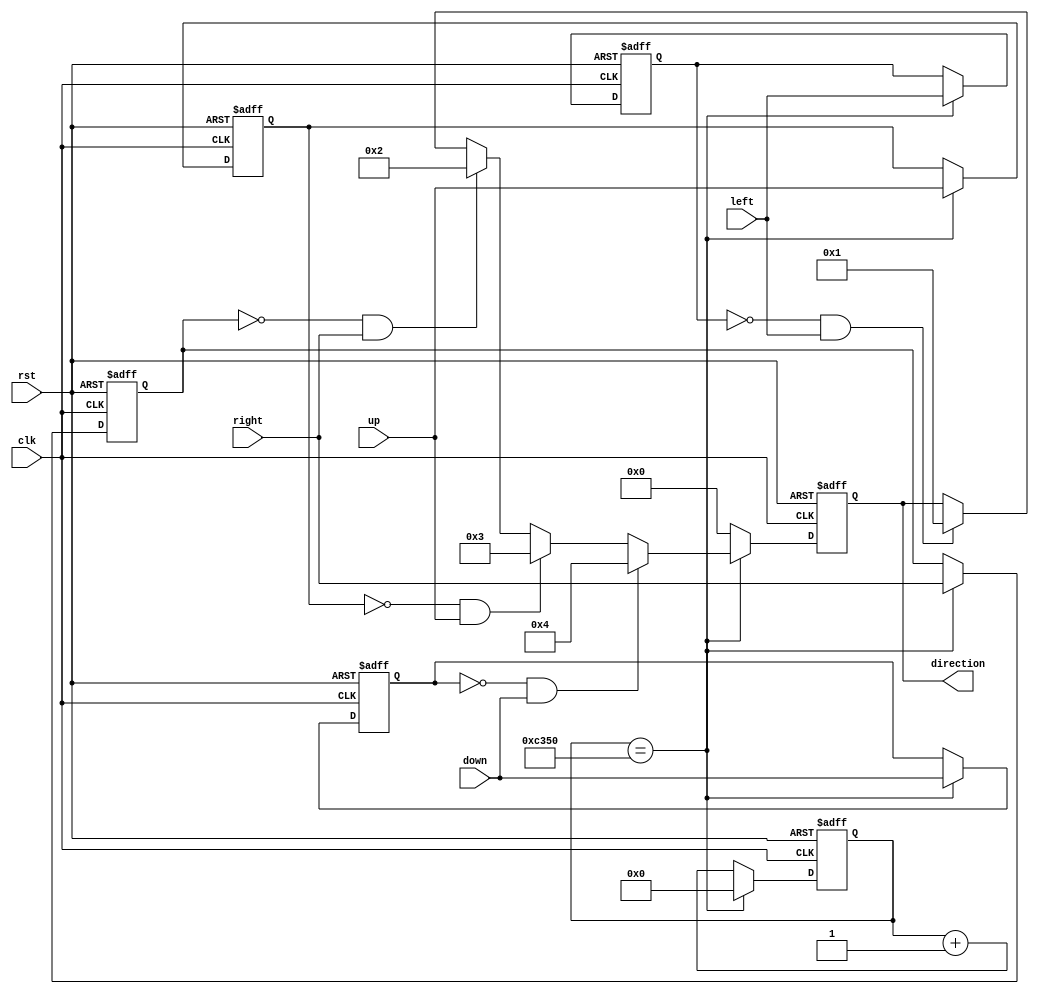
module Key
(	input clk,
	input rst,
	
	input left,
	input right,
	input up,
	input down,
	
	output reg[7:0] direction
);

	reg [31:0]clk_cnt;
	reg left_key_last;
	reg right_key_last;
	reg up_key_last;
	reg down_key_last;
	
	always@(posedge clk or negedge rst) begin
		if(!rst) begin
			clk_cnt <= 0;
			direction <= 8'b0;
					
			left_key_last <= 0;
			right_key_last <= 0;
			up_key_last <= 0;
			down_key_last <= 0;					
		end	
		else begin
			if(clk_cnt == 5_0000) begin
				clk_cnt <= 0;
				left_key_last <= left;
				right_key_last <= right;
				up_key_last <= up;
				down_key_last <= down;
					
				if(left_key_last == 0 && left == 1) 
					direction <= 8'b0000_0001;
				if(right_key_last == 0 && right == 1)
					direction <= 8'b0000_0010;
				if(up_key_last == 0 && up == 1)
					direction <= 8'b0000_0011;
				if(down_key_last == 0 && down == 1)
					direction <= 8'b0000_0100;
			end						
			else begin
				clk_cnt <= clk_cnt + 1;
				direction <= 8'b0000_0000;
			end
		end	
	end				
endmodule